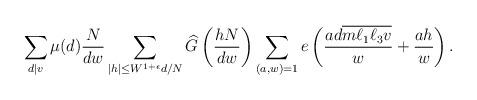
LaTeX: \begin{align*}\sum_{d \mid v} \mu(d) \frac{N}{dw}\sum_{|h| \leq W^{1+\epsilon}d/N}\widehat{G} \left(\frac{hN}{dw} \right) \sum_{(a,w)=1} e \left(\frac{ad \overline{m\ell_1\ell_3 v}}{w} + \frac{ah}{w} \right).\end{align*}